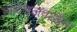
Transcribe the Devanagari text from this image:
नांदेडजवळील